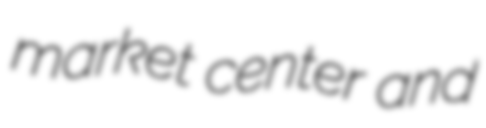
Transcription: market center and